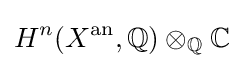
H^{n}(X^{\text{an}},\mathbb {Q} )\otimes _{\mathbb {Q} }\mathbb {C}